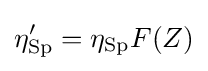
\eta _{\rm {Sp}}^{\prime }=\eta _{\rm {Sp}}F(Z)